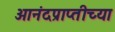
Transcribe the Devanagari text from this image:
आनंदप्राप्तीच्या